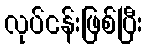
လုပ်ငန်းဖြစ်ပြီး